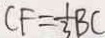
C F = \frac { 1 } { 3 } B C